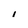
Character: i